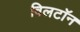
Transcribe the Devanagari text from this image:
विलटॉन